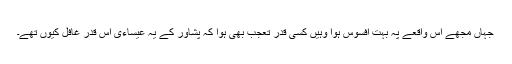
جہاں مجھے اس واقعے پہ بہت افسوس ہوا وہیں کسی قدر تعجب بھی ہوا کہ پشاور کے یہ عیساءی اس قدر غافل کیوں تھے۔